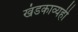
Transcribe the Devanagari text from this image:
खंडकाव्यही